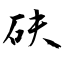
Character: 砆